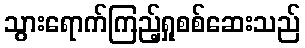
သွားရောက်ကြည့်ရှုစစ်ဆေးသည်